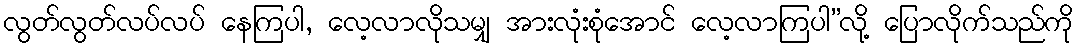
လွတ်လွတ်လပ်လပ် နေကြပါ, လေ့လာလိုသမျှ အားလုံးစုံအောင် လေ့လာကြပါ”လို့ ပြောလိုက်သည်ကို